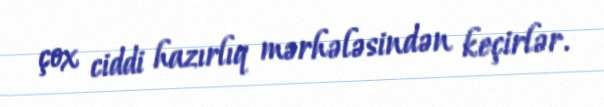
çox ciddi hazırlıq mərhələsindən keçirlər.